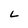
Character: L